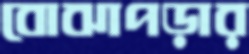
বোঝাপড়ার